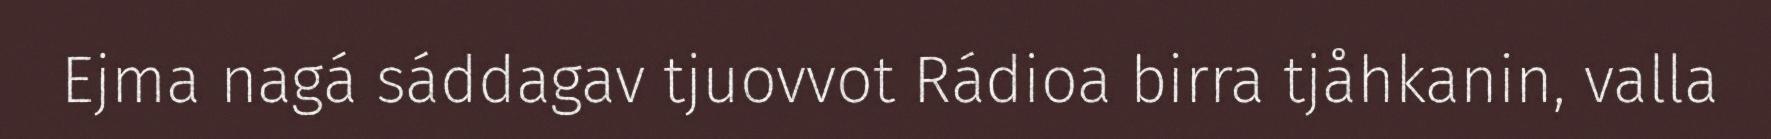
Ejma nagá sáddagav tjuovvot Rádioa birra tjåhkanin, valla